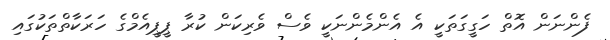
ފެންނަން އޮތް ހަގީގަތަކީ އެ އެންމެންނަކީ ވެސް ވެރިކަން ކުރާ ޕީޕީއެމްގެ ހަރަކާތްތަކުގައި